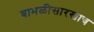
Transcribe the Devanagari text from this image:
बाभळीसारखाच